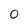
Character: 0